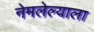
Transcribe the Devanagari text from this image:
नेमलेल्याला